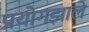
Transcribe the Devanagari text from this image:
प्रयोगझाले